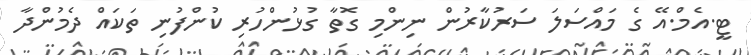
ޓީ.އެމް.އޭ ގެ މައްސަލަ ސަރުކާރުން ނިންމި ގޮތާ ގުޅުންހުރި ކުންފުނި ތަކައް ދެމުންދާ